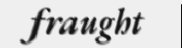
fraught